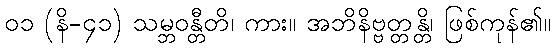
၀၁ (နိ-၄၁) သမ္ဘဝန္တီတိ၊ ကား။ အဘိနိဗ္ဗတ္တန္တိ၊ ဖြစ်ကုန်၏။